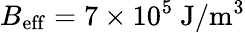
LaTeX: B_{\mathrm{eff}}=7\times 10^{5}~\mathrm{J/m^{3}}